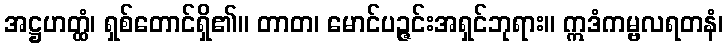
အဋ္ဌဟတ္ထံ၊ ရှစ်တောင်ရှိ၏။ တာတ၊ မောင်ပဉ္ဇင်းအရှင်ဘုရား။ ဣဒံကမ္ဗလရတနံ၊